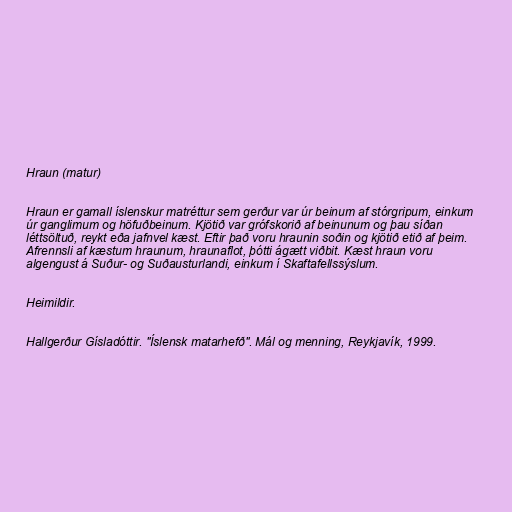
Hraun (matur)

Hraun er gamall íslenskur matréttur sem gerður var úr beinum af stórgripum, einkum
úr ganglimum og höfuðbeinum. Kjötið var grófskorið af beinunum og þau síðan
léttsöltuð, reykt eða jafnvel kæst. Eftir það voru hraunin soðin og kjötið etið af þeim.
Afrennsli af kæstum hraunum, hraunaflot, þótti ágætt viðbit. Kæst hraun voru
algengust á Suður- og Suðausturlandi, einkum í Skaftafellssýslum.

Heimildir.

Hallgerður Gísladóttir. "Íslensk matarhefð". Mál og menning, Reykjavík, 1999.